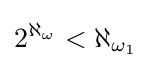
2^{\aleph _{\omega }}<\aleph _{\omega _{1}}